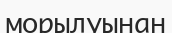
морылуынан